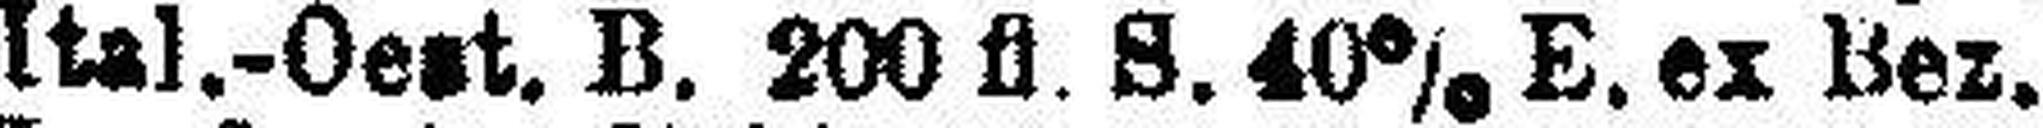
Ital.-Oest. B. 200 fl. S. 40% E. ex Bez.